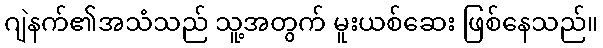
ဂျဲနက်၏အသံသည် သူ့အတွက် မူးယစ်ဆေး ဖြစ်နေသည်။